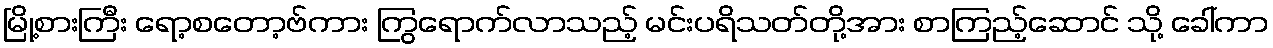
မြို့စားကြီး ရော့စတော့ဗ်ကား ကြွရောက်လာသည့် မင်းပရိသတ်တို့အား စာကြည့်ဆောင် သို့ ခေါ်ကာ